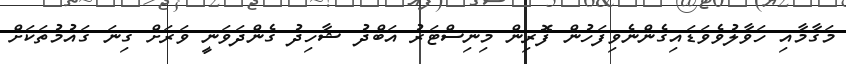
މަގާމާއި ހަވާލުވެވަޑައިގެންނެވިފަހުން ފޮރިން މިނިސްޓަރު އަބްދު ޝާހިދު ގެންދަވަނީ ވަރަށް ގިނަ ގައުމުތަކަށް